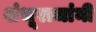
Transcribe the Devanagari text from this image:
शंभूराजांनी